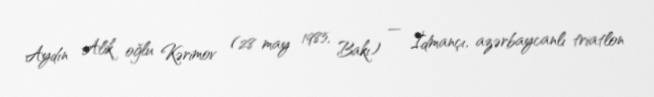
Aydın Alik oğlu Kərimov (28 may 1985, Bakı) — İdmançı, azərbaycanlı triatlon